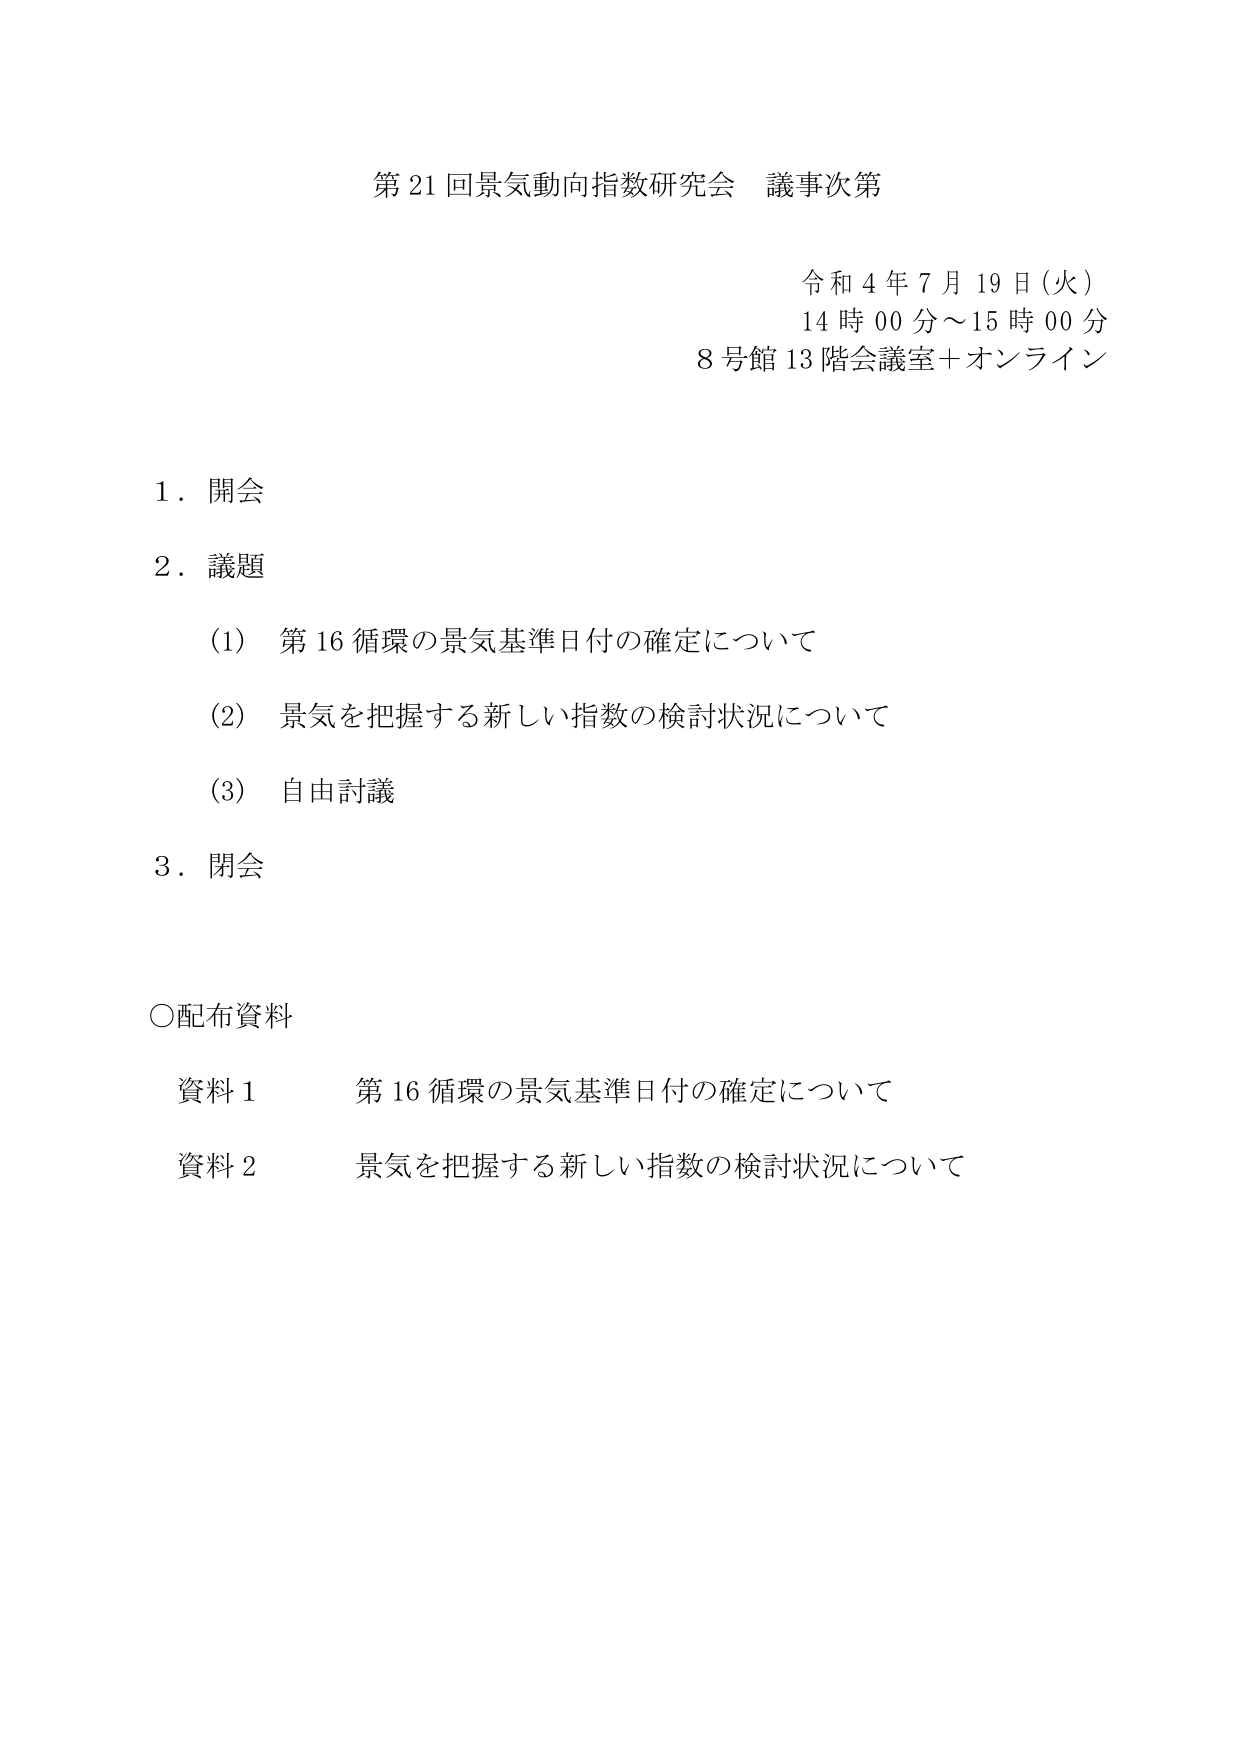
第21回景気動向指数研究会 議事次第

令和4年7月19日(火)
14時00分～15時00分
8号館13階会議室＋オンライン

1．開会

2．議題
(1) 第16循環の景気基準日付の確定について
(2) 景気を把握する新しい指数の検討状況について
(3) 自由討議

3．閉会

〇配布資料
資料1 第16循環の景気基準日付の確定について
資料2 景気を把握する新しい指数の検討状況について